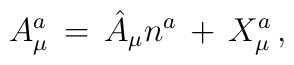
A^a_\mu \, = \, \hat{A}_\mu n^a \, + \, X^a_\mu \, ,